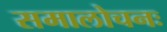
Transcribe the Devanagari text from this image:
समालोचनः